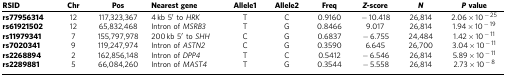
<table><thead><tr><td><b>RSID</b></td><td><b>Chr</b></td><td><b>Pos</b></td><td><b>Nearest gene</b></td><td><b>Allele1</b></td><td><b>Allele2</b></td><td><b>Freq</b></td><td><b><i>Z</i>-score</b></td><td><b><i>N</i></b></td><td><b><i>P</i>value</b></td></tr></thead><tbody><tr><td><b>rs77956314</b></td><td>12</td><td>117,323,367</td><td>4 kb 5′ to <i>HRK</i></td><td>T</td><td>C</td><td>0.9160</td><td>−10.418</td><td>26,814</td><td>2.06 × 10<sup>−25</sup></td></tr><tr><td><b>rs61921502</b></td><td>12</td><td>65,832,468</td><td>Intron of <i>MSRB3</i></td><td>T</td><td>G</td><td>0.8466</td><td>9.017</td><td>26,814</td><td>1.94 × 10<sup>−19</sup></td></tr><tr><td><b>rs11979341</b></td><td>7</td><td>155,797,978</td><td>200 kb 5′ to <i>SHH</i></td><td>C</td><td>G</td><td>0.6837</td><td>−6.755</td><td>24,484</td><td>1.42 × 10<sup>−11</sup></td></tr><tr><td><b>rs7020341</b></td><td>9</td><td>119,247,974</td><td>Intron of <i>ASTN2</i></td><td>C</td><td>G</td><td>0.3590</td><td>6.645</td><td>26,700</td><td>3.04 × 10<sup>−11</sup></td></tr><tr><td><b>rs2268894</b></td><td>2</td><td>162,856,148</td><td>Intron of <i>DPP4</i></td><td>T</td><td>C</td><td>0.5412</td><td>−6.546</td><td>26,814</td><td>5.89 × 10<sup>−11</sup></td></tr><tr><td><b>rs2289881</b></td><td>5</td><td>66,084,260</td><td>Intron of <i>MAST4</i></td><td>T</td><td>G</td><td>0.3544</td><td>−5.558</td><td>26,814</td><td>2.73 × 10<sup>−8</sup></td></tr></tbody></table>